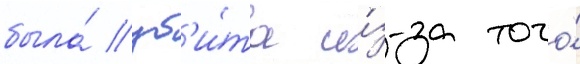
была́ уб'и́та и́з-за того́